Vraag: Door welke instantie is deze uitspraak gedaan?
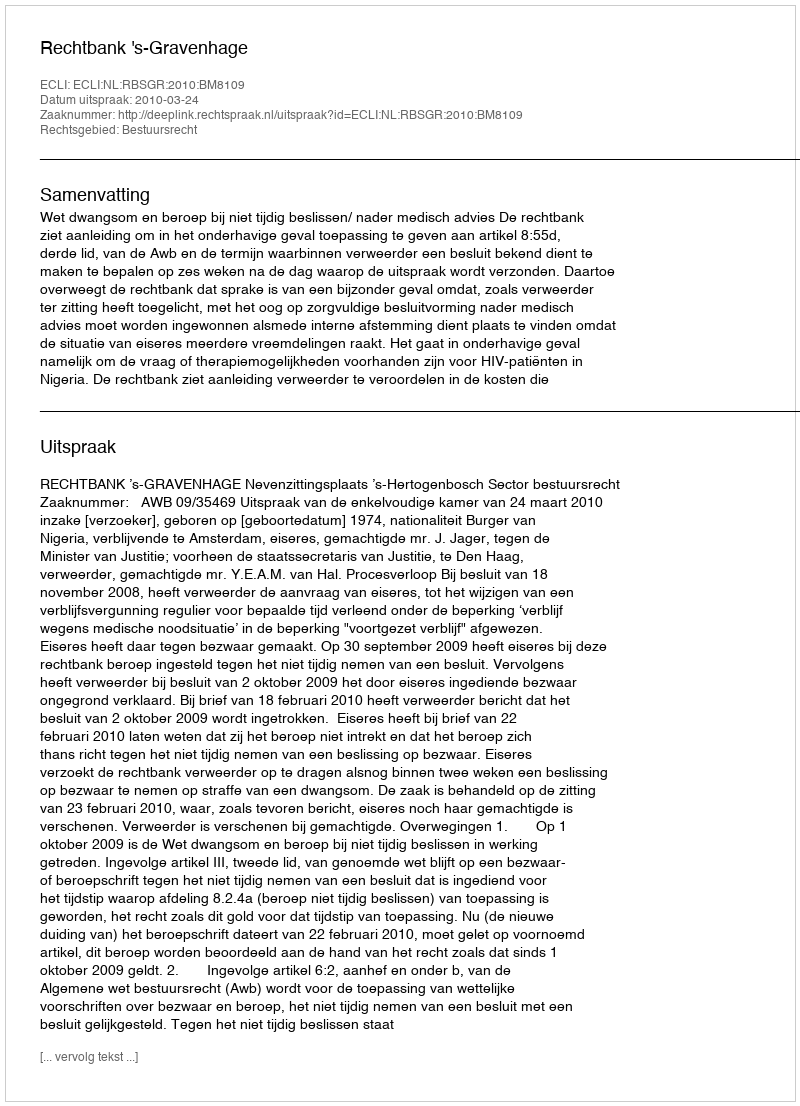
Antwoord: Rechtbank 's-Gravenhage